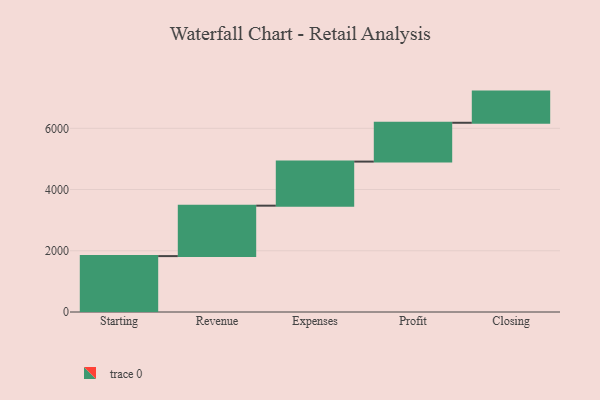
{"axis": {"x": "Step", "y": "Value"}, "legend": [""], "data": [{"x": "Starting", "y": 1826.0, "type": ""}, {"x": "Revenue", "y": 1647.0, "type": ""}, {"x": "Expenses", "y": 1440.0, "type": ""}, {"x": "Profit", "y": 1268.0, "type": ""}, {"x": "Closing", "y": 1018.0, "type": ""}]}